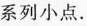
系列小点.